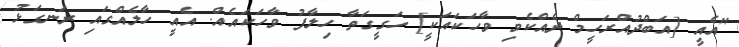
"އެއީ [އަބްދުއްރަހީމް ދެއްކެވި ވާހަކައަކީ] ހަގީގަތާ ހިލާފު ވާހަކައެއް. އެއީ ހާލެއްގައި ރަނގަޅު